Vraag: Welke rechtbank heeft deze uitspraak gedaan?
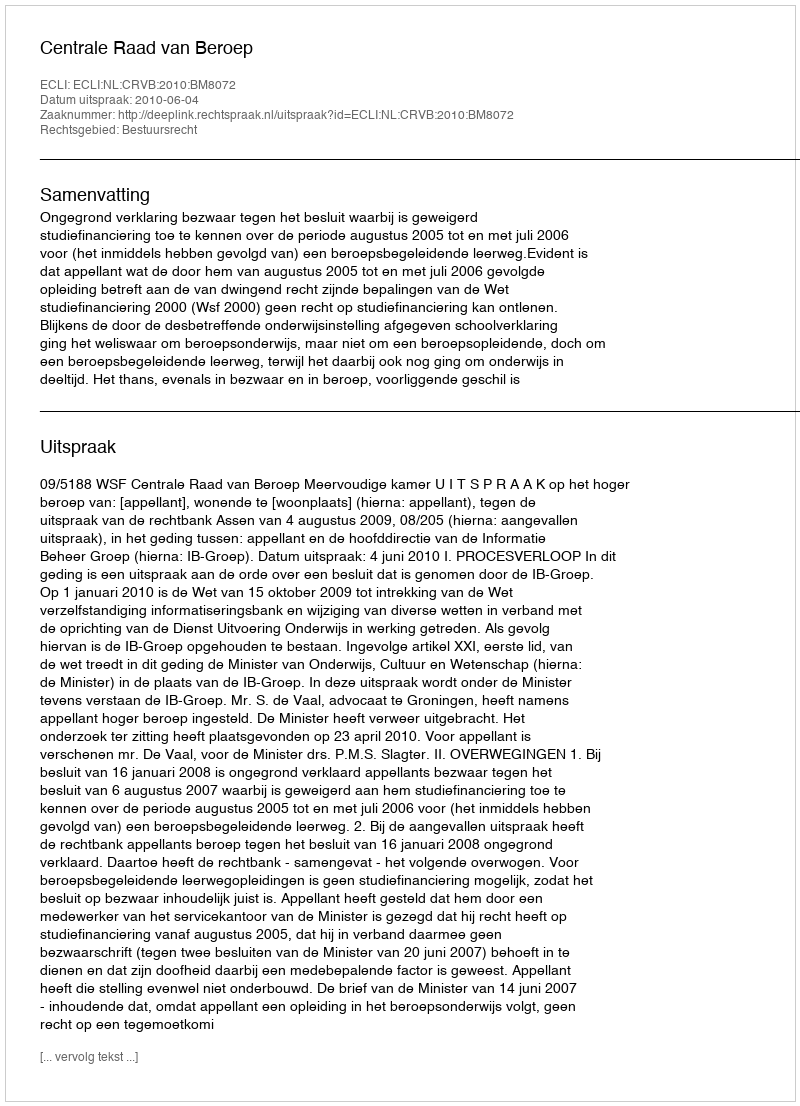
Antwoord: Centrale Raad van Beroep